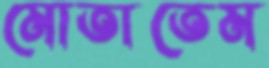
মোতাতেম